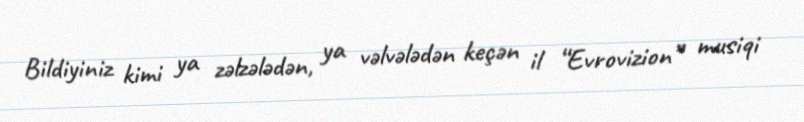
Bildiyiniz kimi ya zəlzələdən, ya vəlvələdən keçən il “Evrovizion” musiqi